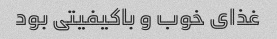
غذای خوب و باکیفیتی بود